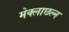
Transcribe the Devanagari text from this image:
मेक्लाछल्न